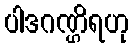
ပါဒဂဏ္ဌိရဟု